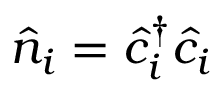
\hat { n } _ { i } = \hat { c } _ { i } ^ { \dagger } \hat { c } _ { i }